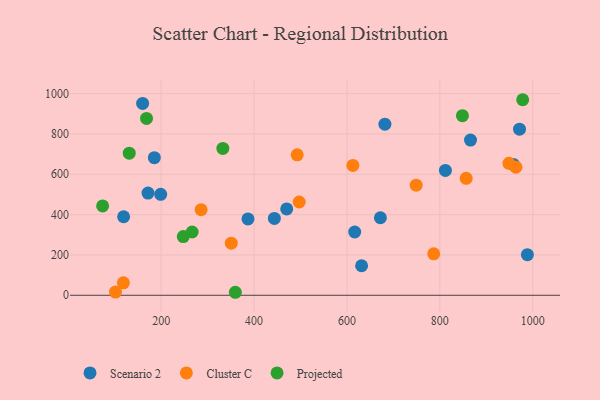
{"axis": {"x": "Investment", "y": "Salary"}, "legend": ["Cluster C", "Projected", "Scenario 2"], "data": [{"x": "119.2", "y": 389.4, "type": "Scenario 2"}, {"x": "988.4", "y": 201.5, "type": "Scenario 2"}, {"x": "971.5", "y": 823.7, "type": "Scenario 2"}, {"x": "199.0", "y": 500.5, "type": "Scenario 2"}, {"x": "443.7", "y": 381.1, "type": "Scenario 2"}, {"x": "681.7", "y": 848.2, "type": "Scenario 2"}, {"x": "160.1", "y": 951.3, "type": "Scenario 2"}, {"x": "631.5", "y": 146.5, "type": "Scenario 2"}, {"x": "866.0", "y": 769.5, "type": "Scenario 2"}, {"x": "470.3", "y": 428.4, "type": "Scenario 2"}, {"x": "616.7", "y": 313.7, "type": "Scenario 2"}, {"x": "958.2", "y": 649.0, "type": "Scenario 2"}, {"x": "672.0", "y": 384.5, "type": "Scenario 2"}, {"x": "811.9", "y": 618.9, "type": "Scenario 2"}, {"x": "386.9", "y": 378.7, "type": "Scenario 2"}, {"x": "185.3", "y": 682.1, "type": "Scenario 2"}, {"x": "171.7", "y": 506.9, "type": "Scenario 2"}, {"x": "118.7", "y": 62.0, "type": "Cluster C"}, {"x": "963.6", "y": 635.2, "type": "Cluster C"}, {"x": "492.9", "y": 696.4, "type": "Cluster C"}, {"x": "497.2", "y": 462.4, "type": "Cluster C"}, {"x": "612.7", "y": 643.8, "type": "Cluster C"}, {"x": "350.9", "y": 258.4, "type": "Cluster C"}, {"x": "786.8", "y": 205.7, "type": "Cluster C"}, {"x": "856.7", "y": 579.9, "type": "Cluster C"}, {"x": "101.7", "y": 15.7, "type": "Cluster C"}, {"x": "948.7", "y": 654.5, "type": "Cluster C"}, {"x": "286.0", "y": 424.5, "type": "Cluster C"}, {"x": "749.0", "y": 545.9, "type": "Cluster C"}, {"x": "359.7", "y": 14.9, "type": "Projected"}, {"x": "978.3", "y": 969.6, "type": "Projected"}, {"x": "168.5", "y": 877.1, "type": "Projected"}, {"x": "247.6", "y": 291.1, "type": "Projected"}, {"x": "131.3", "y": 704.8, "type": "Projected"}, {"x": "74.0", "y": 443.1, "type": "Projected"}, {"x": "266.7", "y": 313.7, "type": "Projected"}, {"x": "332.8", "y": 728.1, "type": "Projected"}, {"x": "848.6", "y": 890.3, "type": "Projected"}]}